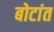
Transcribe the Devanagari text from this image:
बोटांत